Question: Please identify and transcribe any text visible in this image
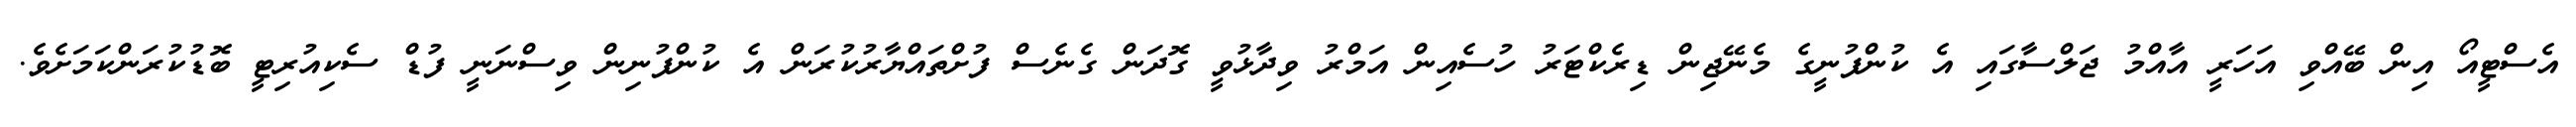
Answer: އެސްޓީއޯ އިން ބޭއްވި އަހަރީ އާއްމު ޖަލްސާގައި އެ ކުންފުނީގެ މެނޭޖިން ޑިރެކްޓަރު ހުސެއިން އަމްރު ވިދާޅުވީ ގޮދަން ގެނެސް ފުށްތައްޔާރުކުރަން އެ ކުންފުނިން ވިސްނަނީ ފުޑް ސެކިއުރިޓީ ބޮޑުކުރަންކަމަށެވެ.